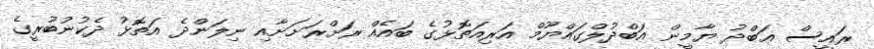
ރައީސް ޢަބްދު ޔާމީން އަބްދުލްގައްޔޫމް އަރިއަތޮޅުގެ ބައެއް ރަށްރަށަށާއި ނިލަންދެ އަތޮޅު ދެކުނުބުރީގެ